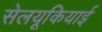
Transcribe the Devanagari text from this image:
सेलयूकियाई